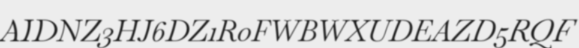
AIDNZ3HJ6DZ1R0FWBWXUDEAZD5RQF